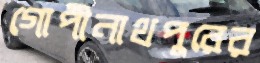
গোপীনাথপুরের